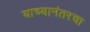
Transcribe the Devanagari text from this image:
याच्यानंतरचा